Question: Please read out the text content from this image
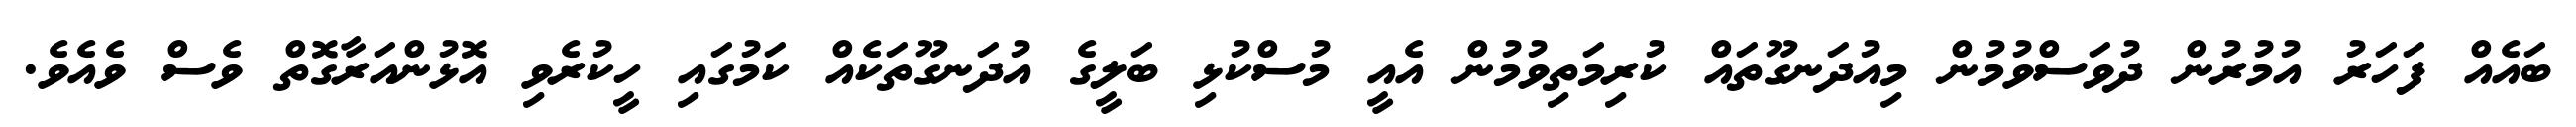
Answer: ބައެއް ފަހަރު އުމުރުން ދުވަސްވުމުން މިއުދަނގޫތައް ކުރިމަތިވުމުން އެއީ މުސްކުޅި ބަލީގެ އުދަނގޫތަކެއް ކަމުގައި ހީކުރެވި އޮޅުންއަރާގޮތް ވެސް ވެއެވެ.